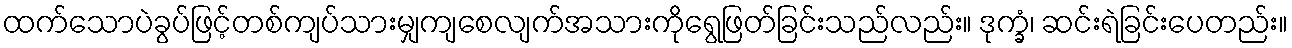
ထက်သောပဲခွပ်ဖြင့်တစ်ကျပ်သားမျှကျစေလျက်အသားကိုရွေဖြတ်ခြင်းသည်လည်း။ ဒုက္ခံ၊ ဆင်းရဲခြင်းပေတည်း။